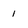
Character: 1